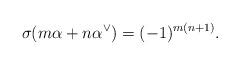
LaTeX: \begin{align*}\sigma(m\alpha+n\alpha^\vee)=(-1)^{m(n+1)}.\end{align*}